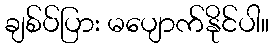
ချစ်ပ်ပြား မပျောက်နိုင်ပါ။